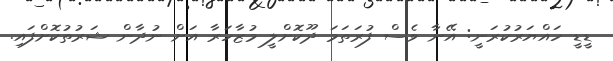
ޑީޑީ ހައްޔަރުކުރަނީ: އޭނާ ވެސް ފުރަތަމަ ދޫކޮށްލީ މުޒާހަރާ އަށް ނުދާން ޝަރުތުކޮށްފައި.